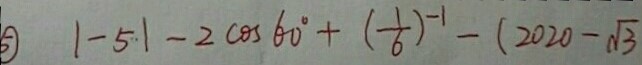
\textcircled { 5 } \vert - 5 \vert - 2 \cos 6 0 ^ { \circ } + ( \frac { 1 } { 6 } ) ^ { - 1 } - ( 2 0 2 0 - \sqrt { 3 }